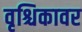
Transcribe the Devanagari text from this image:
वृश्चिकावर